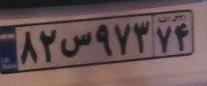
۸۲س۹۷۳۷۴